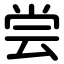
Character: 尝